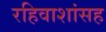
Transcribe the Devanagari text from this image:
रहिवाशांसह